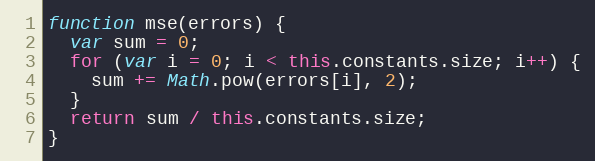
Language: JavaScript
function mse(errors) {
  var sum = 0;
  for (var i = 0; i < this.constants.size; i++) {
    sum += Math.pow(errors[i], 2);
  }
  return sum / this.constants.size;
}